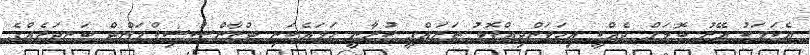
އެކަމަކު އޭރު ބޮޑަށް ދެއްކީ އިހަވަންދިއްޕޮޅު ތަރައްގީ ކުރާނީ ހަމައެކަނި ޓްރާންސްޝިޕްމަންޓް ބަނދަރެއްގެ